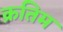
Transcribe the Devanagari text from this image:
क्रतिम